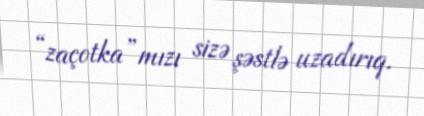
“zaçotka”mızı sizə şəstlə uzadırıq.